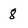
Character: 8